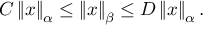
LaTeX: C \left\| x \right\| _ { \alpha } \leq \left\| x \right\| _ { \beta } \leq D \left\| x \right\| _ { \alpha } .